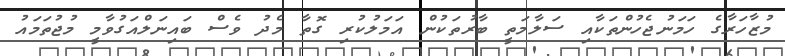
މުޒާހަރާގެ ހަމަނުޖެހުންތަކާއި ސަލާމަތީ ބާރުތަކުން އަމަލުކުރި ގޮތާ މެދު ވެސް ބައިނަލްއަގުވާމީ މުޖުތަމައު